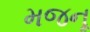
મજનૂ